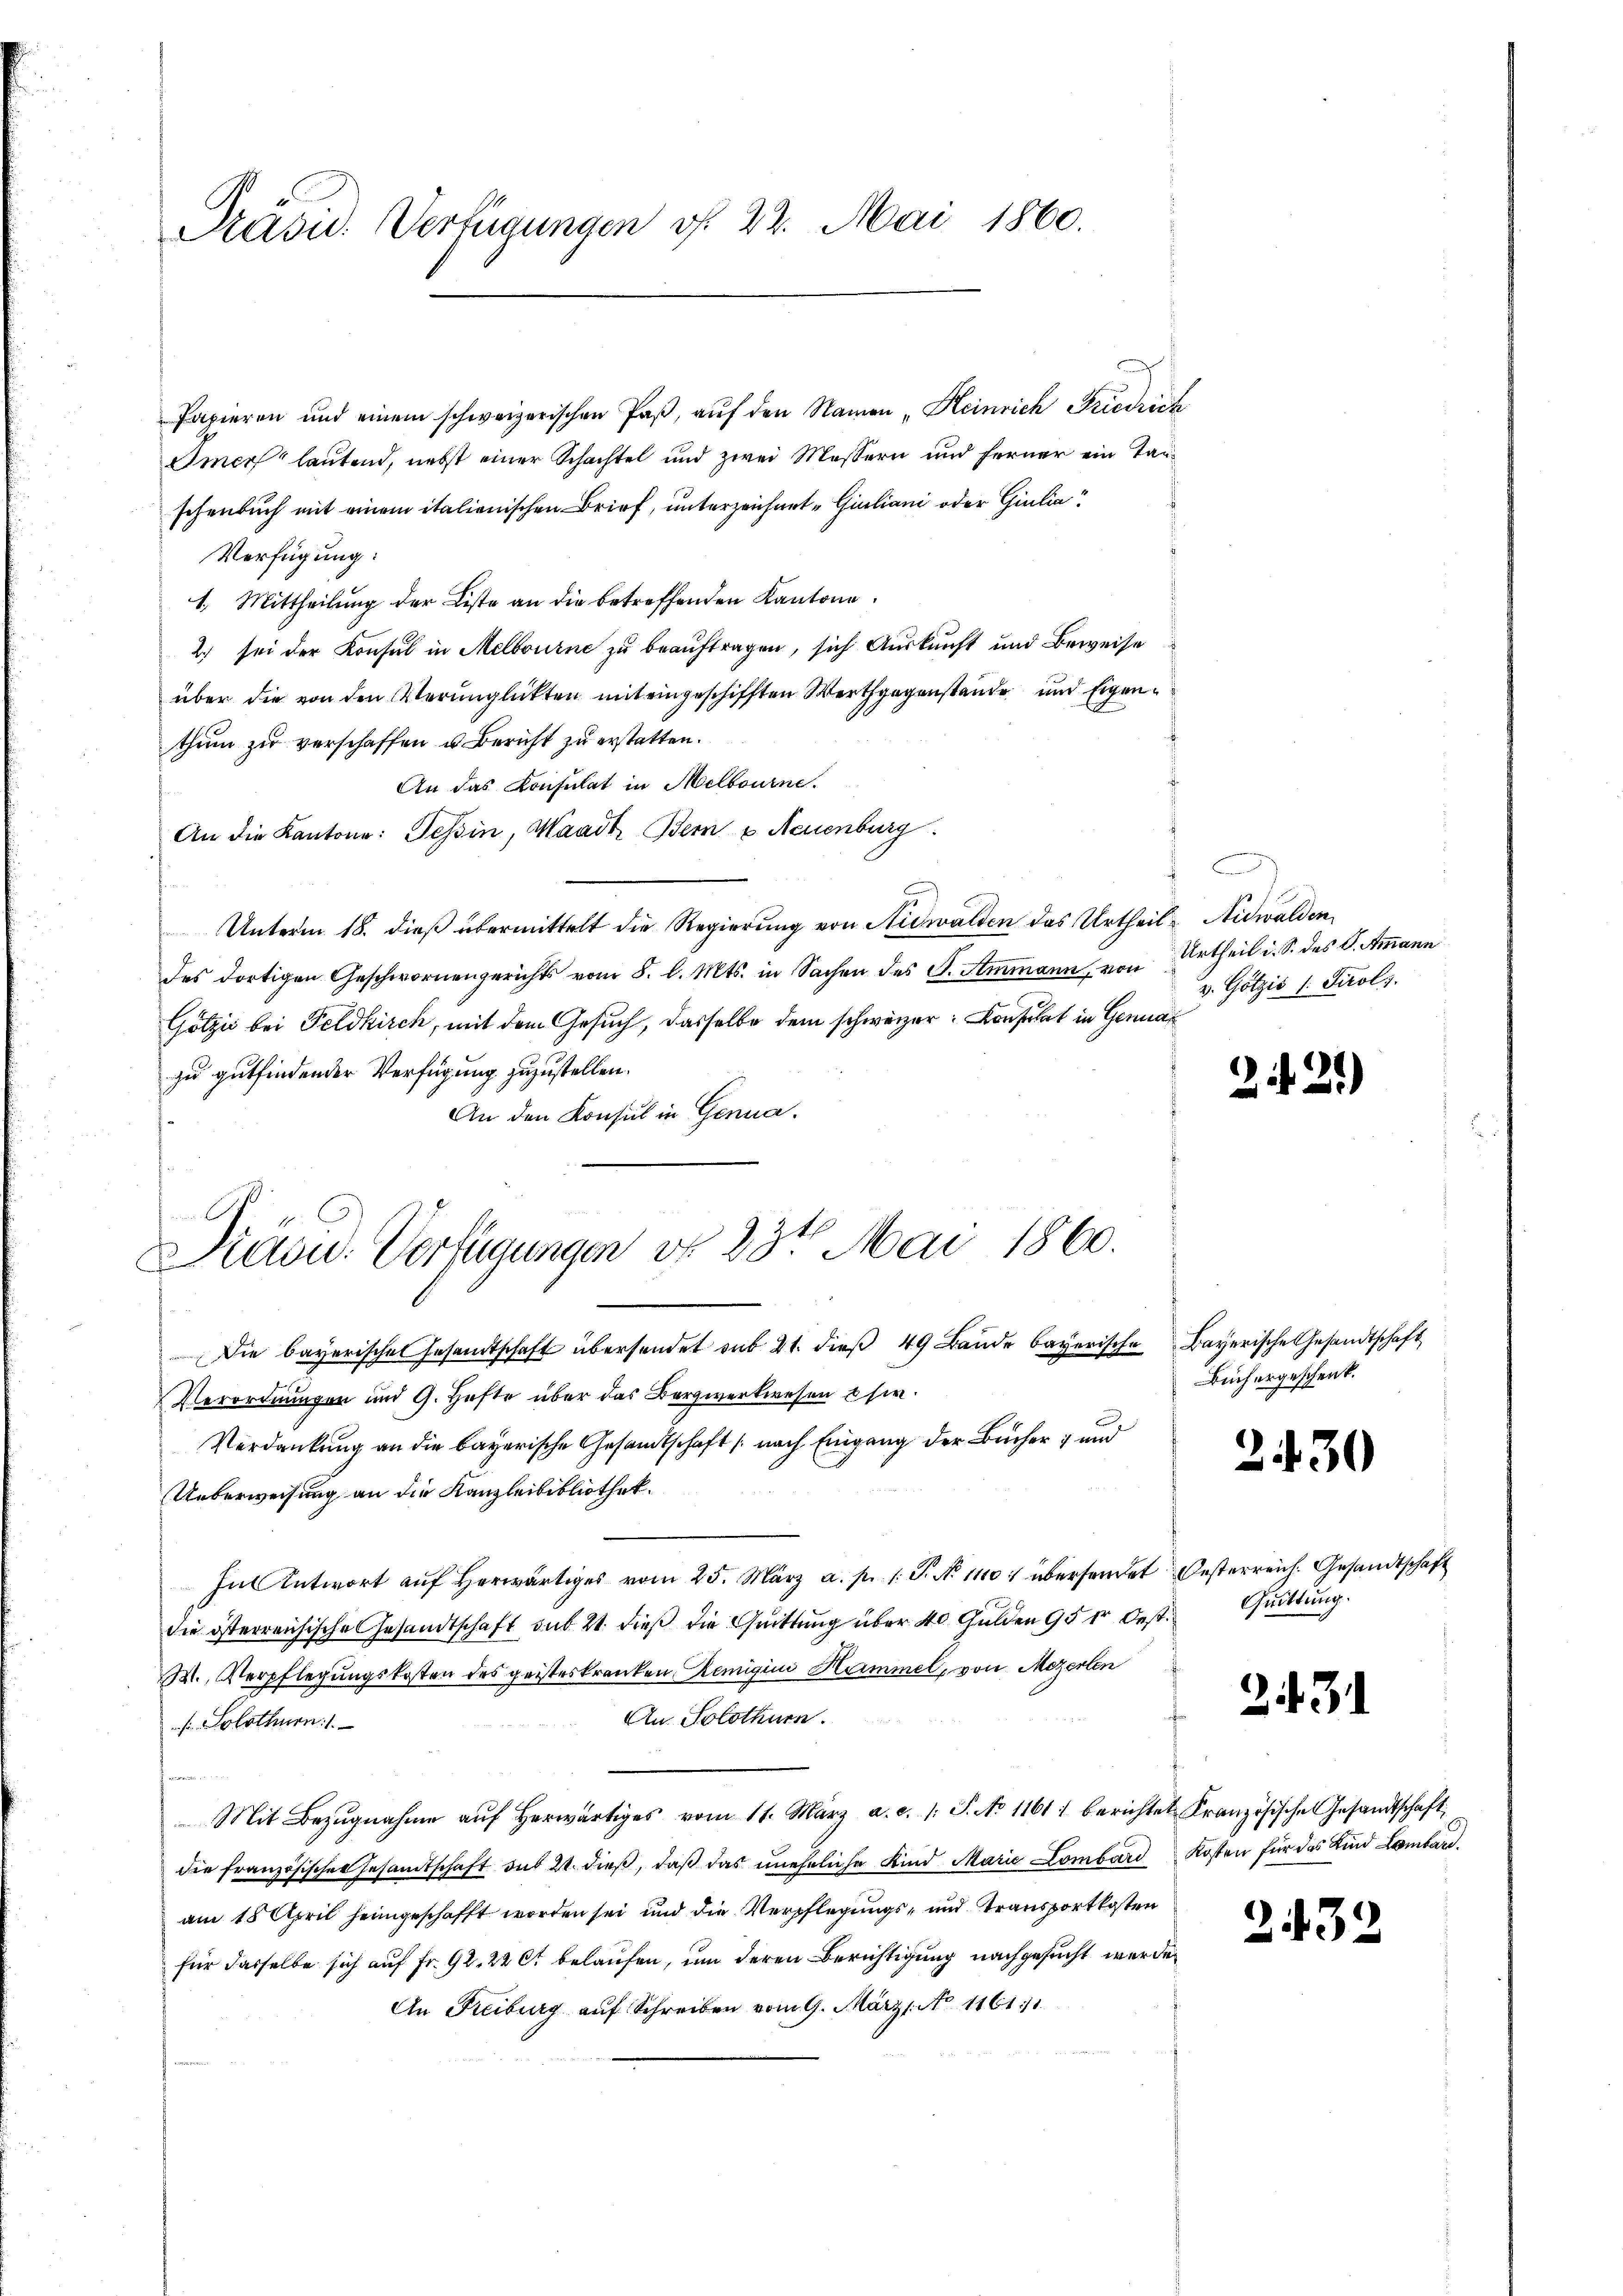
Präsid. Verfügungen f. 22. Mai 1860.

Diaou. Verfügungen d. 23t Mai 1860.

Papieren und einem schweizerischen Paβ, aŭf den Namen „Heinrich Friedrich
Immer lautend, nebst einer Schachtel und zwei Messern und ferner ein Tanschenbuch mit einem italienischen Brief, unterzeichnet Giuliani oder Giulia
Verfügung:
1. Mittheilung der Liste an die betreffenden Kantone
2.) sei der Konsul in Melbourne zu beauftragen, sich Auskunft und Beweise
über die von den Verunglükten mit eingeschifften Werthgegenstande und Eigenthum zu verschaffen u. Bericht zu erstatten.
An das Konsulat in Melbourne.
An die Kantone: Tessin, Waadt Bern u. Neuenburg
Unterm 18. dieß übermittelt die Regierung von Stichwalden das Urtheil, Nidwalden
des dortigen Geschwornengerichts vom 8. l. Mts. in Sachen des S. Ammann, von Urtheil i. S. des P. Ammann
Götzić bei Feldkirch, mit dem Gesuch, dasselbe dem schweizer: Konsulat in Genan
zu gutfindender Verfügung zuzustellen.
An den Konsul in Genua.
Die bayerische Gesandtschaft übersendet sub 21. dieβ 49 Bande bayerische Bayerische Gesandtschaft
Verordnungen und G. Hefte über das Bergwerkwesen sie
Verdankung an die bayerische Gesandtschaft (nach Eingang der Bücher  und
Ueberweisung an die Kanzleibibliothek.
Inl Antwort aŭf herwärtiges vom 25. März a. p. 1. P. No 1100. übersendet Oesterreich. Gesandtschaft
die österreichische Gesandtschaft sub 21. dieß die Quittung über 40 Gulden 95 fr. Oest¬
M., Verpflegungskosten des geisteskranken, Remigine Kammel, von Mezerlen
e
An Solothurn.
 Solothurn.1
Mit Bezŭgnahme aŭf herwärtiges vom 11. März a. c. 1: P. No 1161 berichtet Französische Gesandtschaft,
die französischen Gesandtschaft sub 24. dieß, daß das uneheliche Kind Marie Lombard
am 18 April heimgeschafft worden sei und die Verpflegungs- und Transportkosten
für dasselbe sich auf Fr. 92. 22 et belaufen, um deren Berichtigung nachgesucht werden
An Freiburg aŭf Schreiben vom 9. März. No 1161

B
v. Götzis 1 Tirols

2

)

Büchergeschenk.

2430

Quittung.

2431

Kosten für das Kind Lombard.

2439